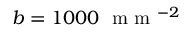
b = 1 0 0 0 ~ \textrm { m m } ^ { - 2 }